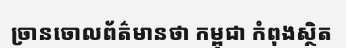
ច្រានចោលព័ត៌មានថា កម្ពុជា កំពុងស្ថិត